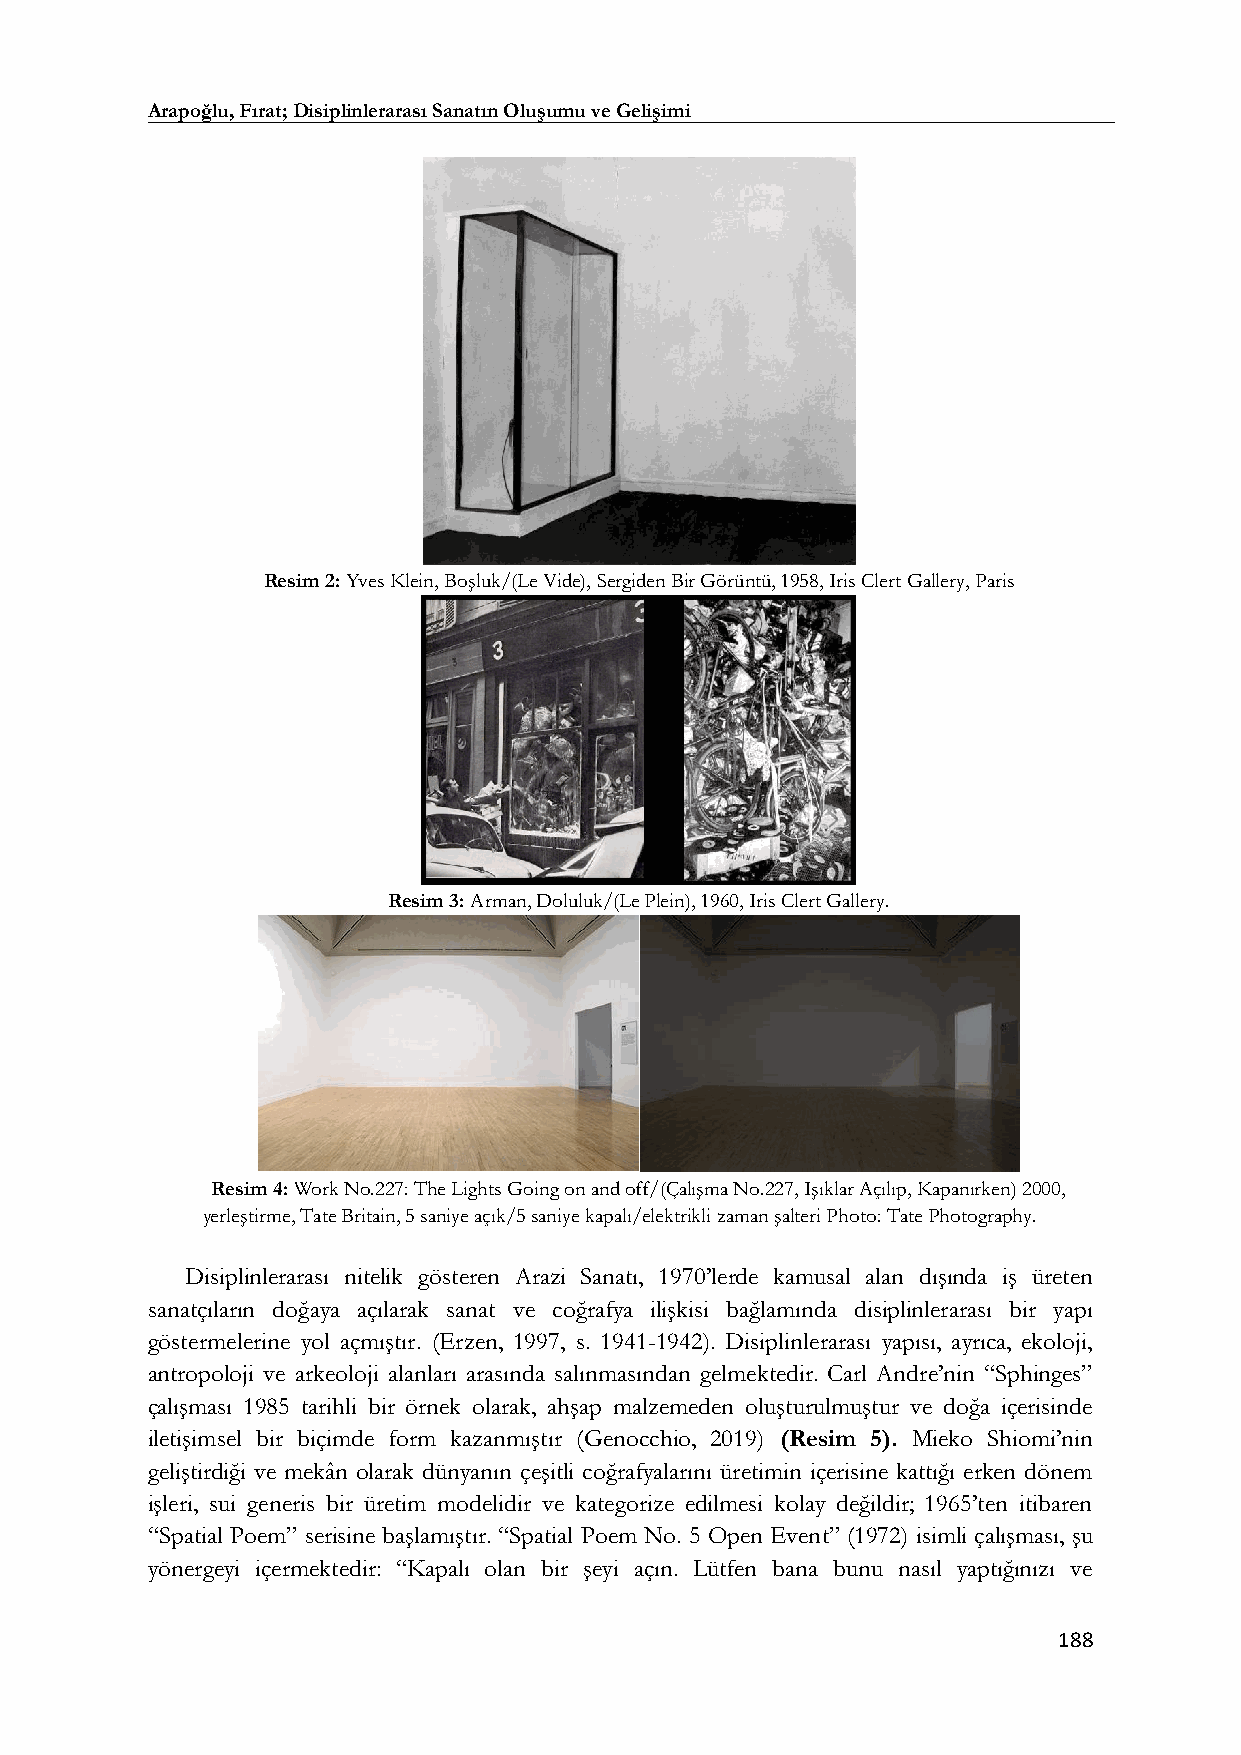
Arapoğlu, Fırat; Disiplinlerarası Sanatın Oluşumu ve Gelişimi
 Resim 2: Yves Klein, Boşluk/(Le Vide), Sergiden Bir Görüntü, 1958, Iris Clert Gallery, Paris
 Resim 3: Arman, Doluluk/(Le Plein), 1960, Iris Clert Gallery.
 Resim 4: Work No.227: The Lights Going on and off/(Çalışma No.227, Işıklar Açılıp, Kapanırken) 2000,
 yerleştirme, Tate Britain, 5 saniye açık/5 saniye kapalı/elektrikli zaman şalteri Photo: Tate Photography.
 Disiplinlerarası nitelik gösteren Arazi Sanatı, 1970’lerde kamusal alan dışında iş üreten
 sanatçıların doğaya açılarak sanat ve coğrafya ilişkisi bağlamında disiplinlerarası bir yapı
 göstermelerine yol açmıştır. (Erzen, 1997, s. 1941-1942). Disiplinlerarası yapısı, ayrıca, ekoloji,
 antropoloji ve arkeoloji alanları arasında salınmasından gelmektedir. Carl Andre’nin “Sphinges”
 çalışması 1985 tarihli bir örnek olarak, ahşap malzemeden oluşturulmuştur ve doğa içerisinde
 iletişimsel bir biçimde form kazanmıştır (Genocchio, 2019) (Resim 5). Mieko Shiomi’nin
 geliştirdiği ve mekân olarak dünyanın çeşitli coğrafyalarını üretimin içerisine kattığı erken dönem
 işleri, sui generis bir üretim modelidir ve kategorize edilmesi kolay değildir; 1965’ten itibaren
 “Spatial Poem” serisine başlamıştır. “Spatial Poem No. 5 Open Event” (1972) isimli çalışması, şu
 yönergeyi içermektedir: “Kapalı olan bir şeyi açın. Lütfen bana bunu nasıl yaptığınızı ve
 188